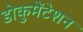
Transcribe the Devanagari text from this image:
डोकुमेंटेशन